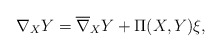
\begin{align*}\nabla_X Y = \overline{\nabla}_X Y + \Pi(X,Y) \xi,\end{align*}